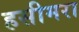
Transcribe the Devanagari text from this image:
हसीमरा